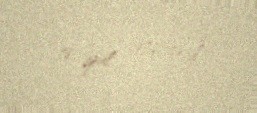
18 iyul 1972-ci il